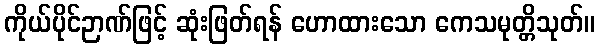
ကိုယ်ပိုင်ဉာဏ်ဖြင့် ဆုံးဖြတ်ရန် ဟောထားသော ကေသမုတ္တိသုတ်။